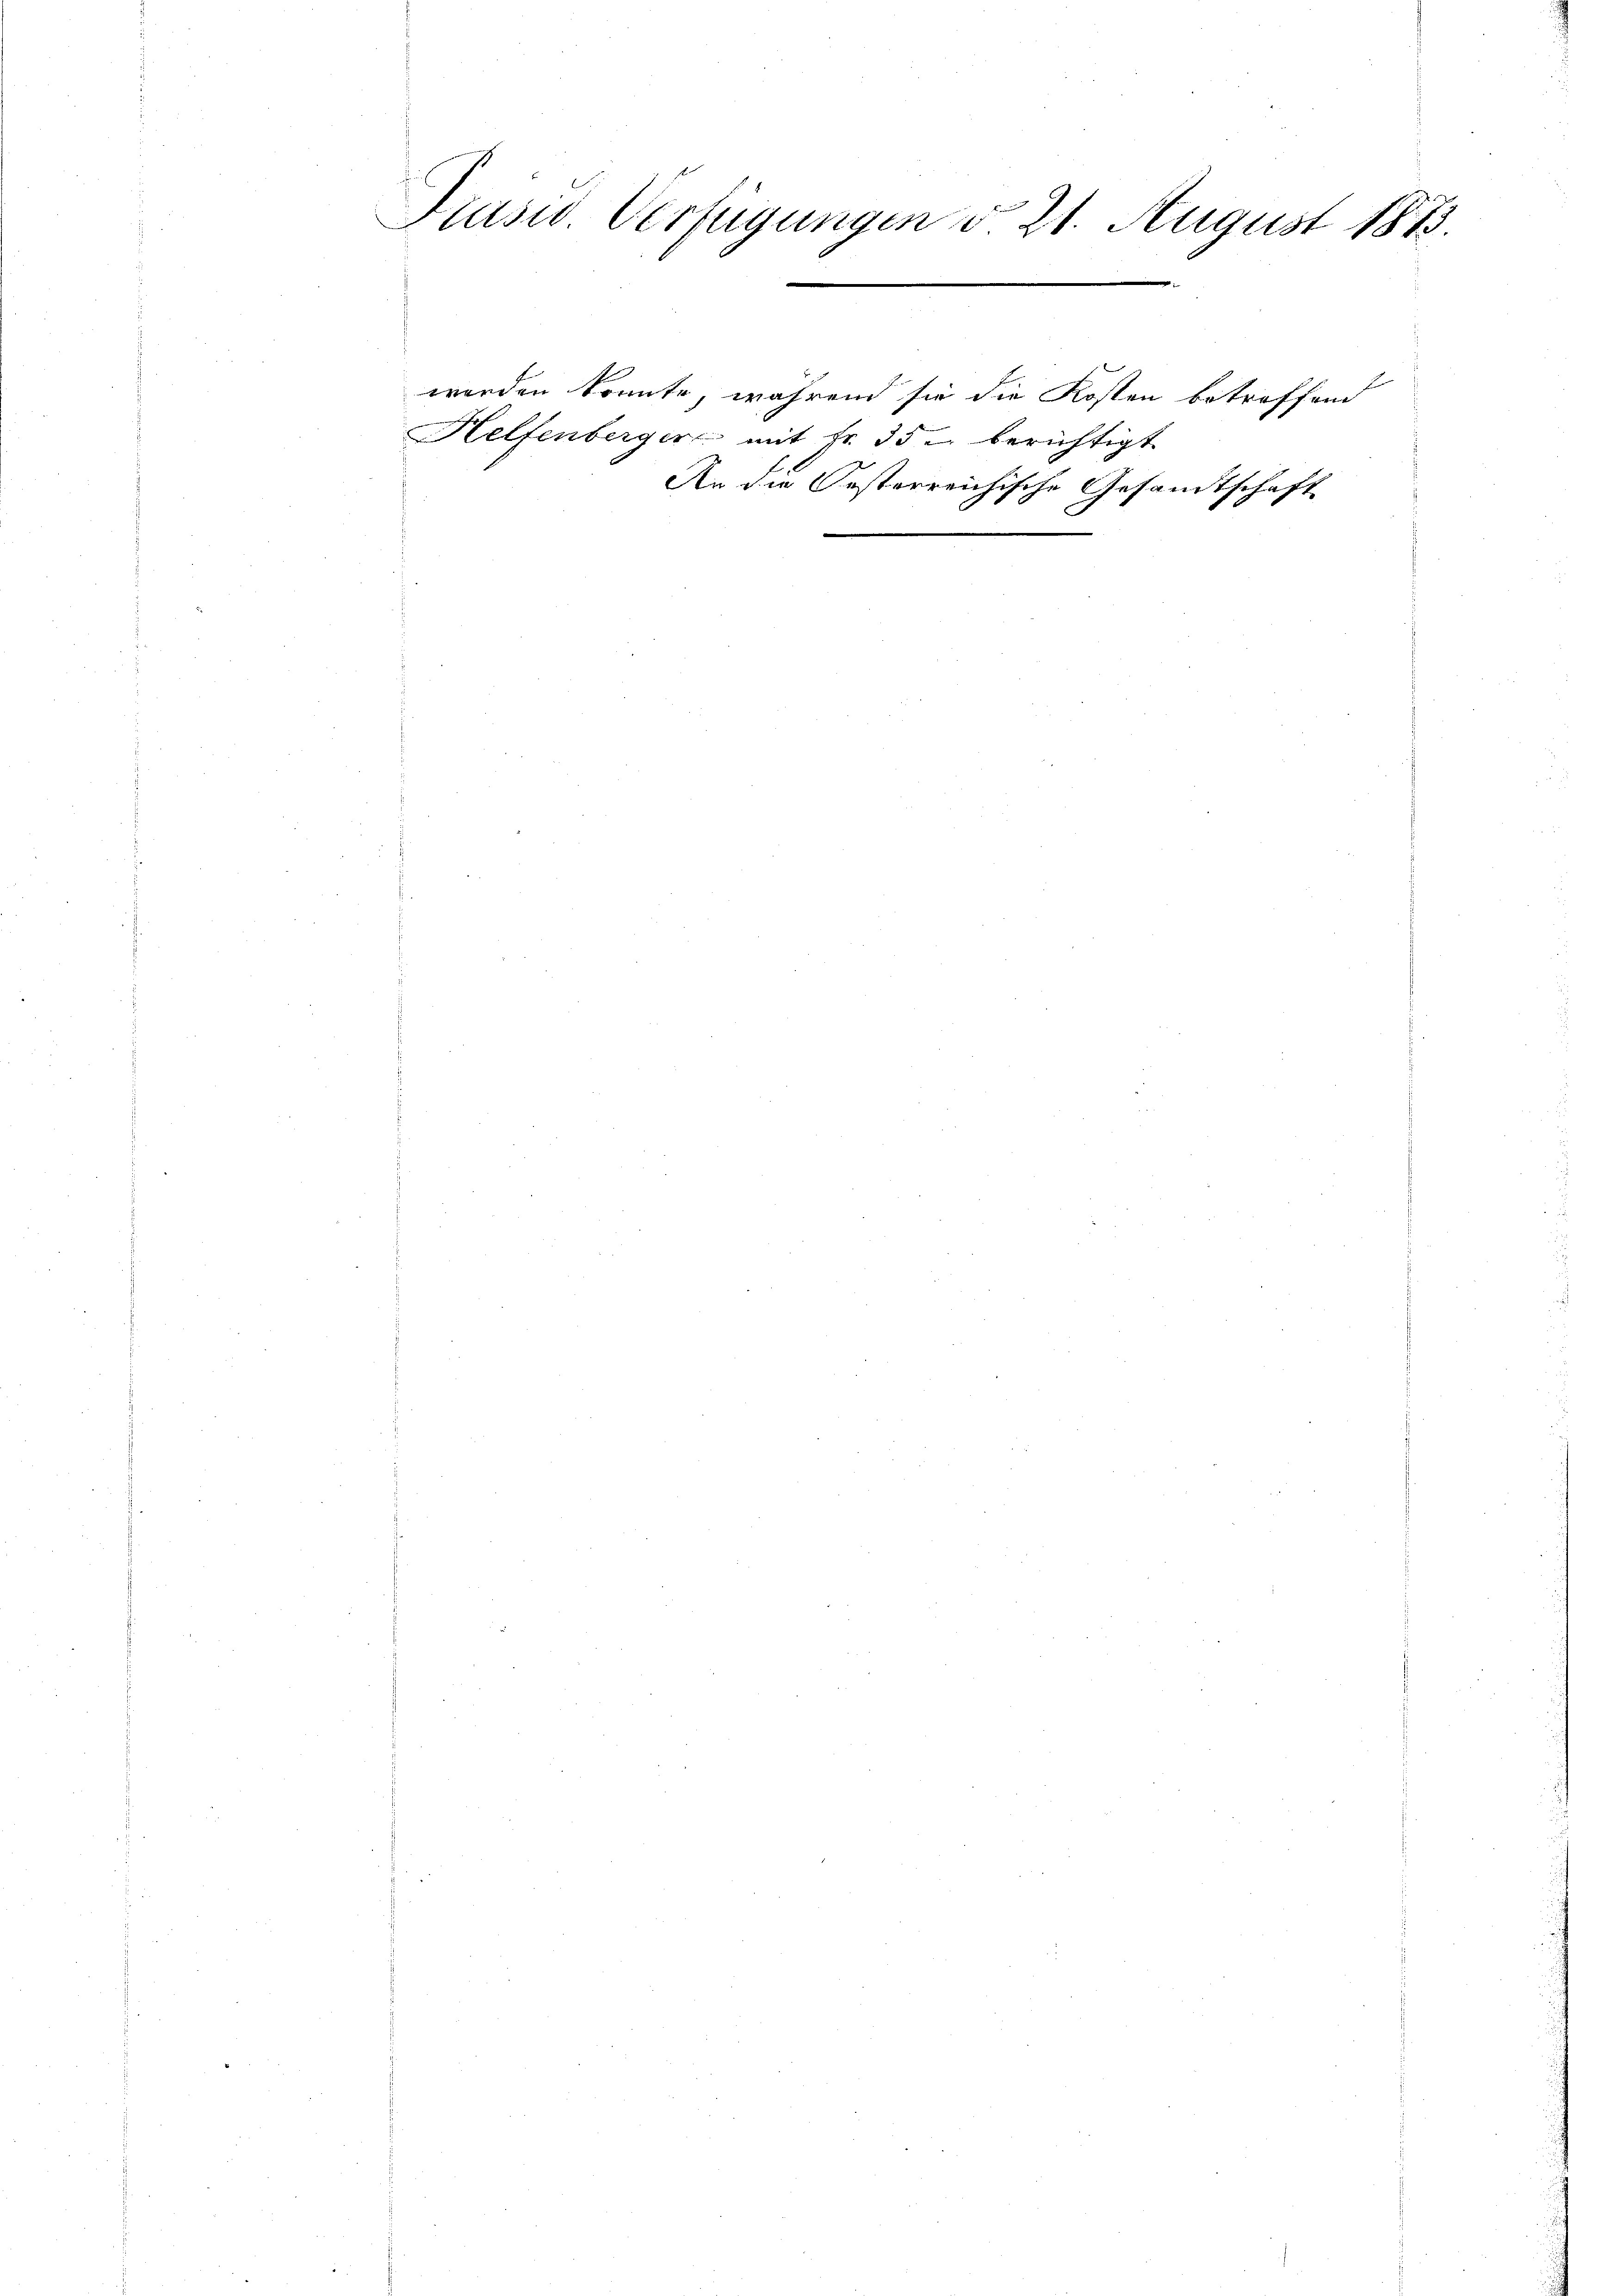
Prüsid. Verfügungen v. 21. August 1873.

werden konnte, während sie die Kosten betreffend
Helfenberger mit Fr. 35 u berichtigt
An die Oesterreichische Gesandtschaft